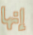
إنها